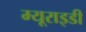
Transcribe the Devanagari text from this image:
म्यूराइडी